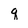
Character: q